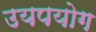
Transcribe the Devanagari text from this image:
उयपयोग